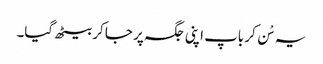
یہ سْن کر باپ اپنی جگہ پر جا کر بیٹھ گیا۔